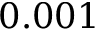
0 . 0 0 1